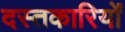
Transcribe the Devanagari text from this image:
दस्तकारियों